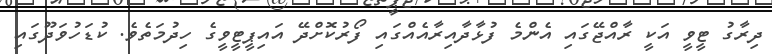
ދިރާގު ޓީވީ އަކީ ރާއްޖޭގައި އެންމެ ފުޅާދާއިރާއެއްގައި ފޯރުކޮށްދޭ އައިޕީޓީވީގެ ހިދުމަތެވެ. ކުޑަހުވަދޫގައި